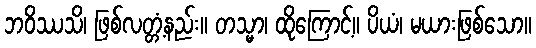
ဘဝိဿသိ၊ ဖြစ်လတ္တံ့နည်း။ တသ္မာ၊ ထိုကြောင့်။ ပိယံ၊ မယားဖြစ်သော။